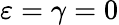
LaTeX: \varepsilon=\gamma=0